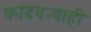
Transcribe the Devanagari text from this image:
कांदबऱ्याही